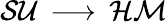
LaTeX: {\cal SU}\, \longrightarrow\, {\cal HM}